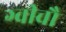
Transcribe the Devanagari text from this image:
ग्वीचौ